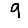
Digit: 9